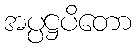
အပ္ပဋ္ဌပိတော